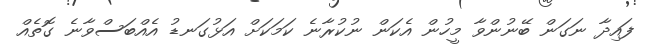
ފައިދާ ނަގަން ބޭނުންވާ މީހުން އެކަން ނުކުރާނެ ކަމަކަށް އަޅުގަނޑު އެއްބަސްވާނެ ގޮތެއް